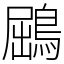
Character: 鶌